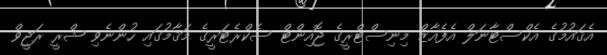
އެޤައުމުގެ އެކްސްޓާނަލް އެފެއާޒް މިނިސްޓްރީގެ ޖޮއިންޓް ސެކްރެޓަރީގެ މަޤާމުގައި ހުންނެވި ޝްރީ ރަޖީވް